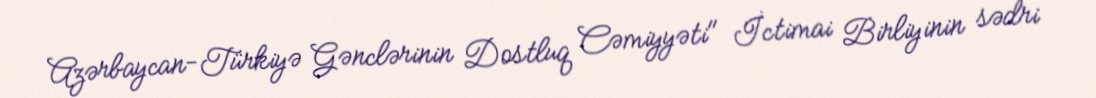
Azərbaycan-Türkiyə Gənclərinin Dostluq Cəmiyyəti" İctimai Birliyinin sədri